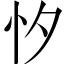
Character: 𢗇